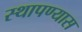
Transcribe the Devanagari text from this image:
स्थापण्यास